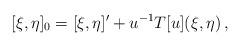
LaTeX: \begin{align*} [\xi,\eta]_0= [\xi,\eta]' + u^{-1}T[u](\xi,\eta)\, , \end{align*}